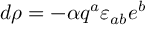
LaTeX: d \rho = - { \alpha } q ^ { a } \varepsilon _ { a b } e ^ { b }